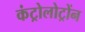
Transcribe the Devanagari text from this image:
कंट्रोलोट्रोंन